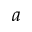
a